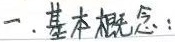
一. 基本概念：